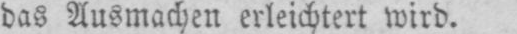
das Ausmachen erleichtert wird.